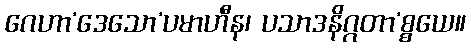
ဂေဟာ’ဒေသော’ပမာဟီန၊ ပသာဒနိဂ္ဂတာ’စ္စယေ။